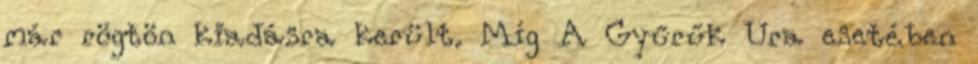
már rögtön kiadásra került. Míg A Gyűrűk Ura esetében